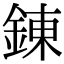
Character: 錬